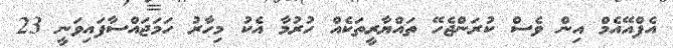
އެފްއޭއެމް އިން ވެސް ކުރަންޖެހޭ ތައްޔާރީތަކެއް ހުރުމާ އެކު މިހާރު ހަމަޖައްސާފައިވަނީ 23